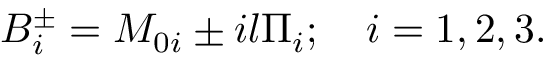
B _ { i } ^ { \pm } = M _ { 0 i } \pm i l \Pi _ { i } ; \quad i = 1 , 2 , 3 .